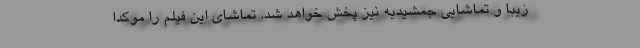
زیبا و تماشایی جمشیدیه نیز پخش خواهد شد. تماشای این فیلم را موکدا